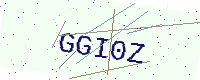
Text: GGI0Z